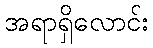
အရာရှိလောင်း